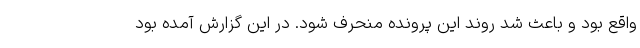
واقع بود و باعث شد روند این پرونده منحرف شود. در این گزارش آمده بود